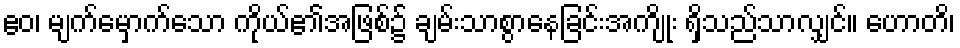
ဧဝ၊ မျက်မှောက်သော ကိုယ်၏အဖြစ်၌ ချမ်းသာစွာနေခြင်းအကျိုး ရှိသည်သာလျှင်။ ဟောတိ၊